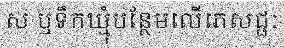
ស ឬទឹកឃ្មុំបន្ថែមលើភេសជ្ជៈ